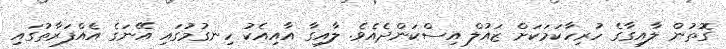
ގޮތުން ލާއިގާގެ ހުރިހާކަމަކަށް ޒައުލް އިސްކަންދެއެވެ. ލާއިގާ އާއިއެކު ހިނގުމުގައި އޭނަގެ އެއްފަރާތުގައި